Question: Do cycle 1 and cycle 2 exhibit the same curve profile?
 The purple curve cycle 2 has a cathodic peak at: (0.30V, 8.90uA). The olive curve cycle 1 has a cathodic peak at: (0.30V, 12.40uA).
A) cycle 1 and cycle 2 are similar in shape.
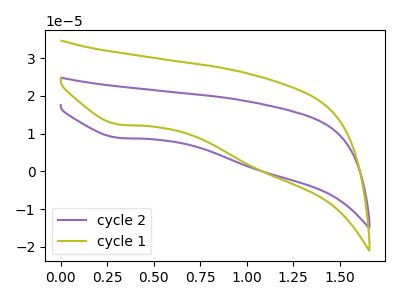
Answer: <think>All the peaks in "cycle 1" have a peak in "cycle 2" at the same potential. Every peak in "cycle 1" is lower than every peak in "cycle 2".
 </think>
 <answer>A) "cycle 1" and "cycle 2" are similar in shape.</answer>
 <eval>A</eval>